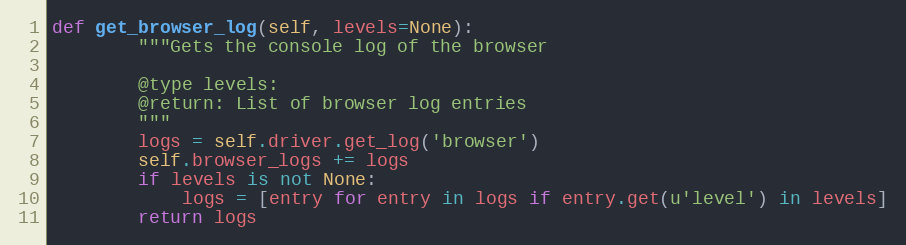
Language: Python
def get_browser_log(self, levels=None):
        """Gets the console log of the browser

        @type levels:
        @return: List of browser log entries
        """
        logs = self.driver.get_log('browser')
        self.browser_logs += logs
        if levels is not None:
            logs = [entry for entry in logs if entry.get(u'level') in levels]
        return logs